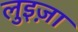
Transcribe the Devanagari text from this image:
लुइज़ा